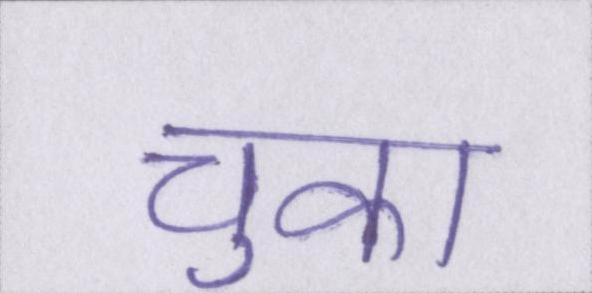
चुका